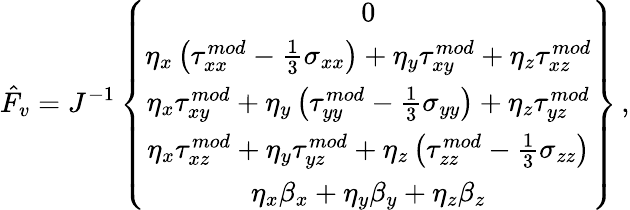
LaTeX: \hat{F}_{v}=J^{-1}\left\{ \begin{array}{c}{0}\\ {\eta_{x}\left({\tau}_{xx}^{mod}-\frac{1}{3}\sigma_{xx}\right)+\eta_{y}{\tau}_{xy}^{mod}+\eta_{z}{\tau}_{xz}^{mod}}\\ {\eta_{x}{\tau}_{xy}^{mod}+\eta_{y}\left({\tau}_{yy}^{mod}-\frac{1}{3}\sigma_{yy}\right)+\eta_{z}{\tau}_{yz}^{mod}}\\ {\eta_{x}{\tau}_{xz}^{mod}+\eta_{y}{\tau}_{yz}^{mod}+\eta_{z}\left({\tau}_{zz}^{mod}-\frac{1}{3}\sigma_{zz}\right)}\\ {\eta_{x}{\beta}_{x}+\eta_{y}{\beta}_{y}+\eta_{z}{\beta}_{z}}\end{array}\right\} \, \mathrm{,}